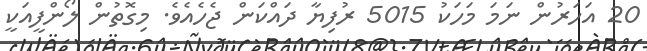
20 އަހަރުން ނަމަ މަހަކު 5015 ރުފިޔާ ދައްކަން ޖެހެއެވެ. މިގޮތުން ލޯންފީއަކީ